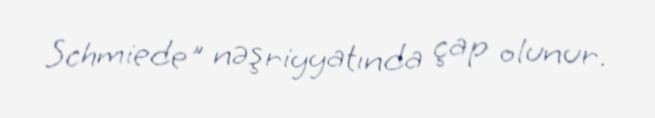
Schmiede" nəşriyyatında çap olunur.